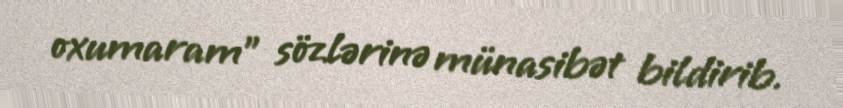
oxumaram” sözlərinə münasibət bildirib.